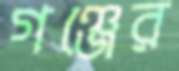
গঞ্জের